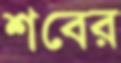
শবের